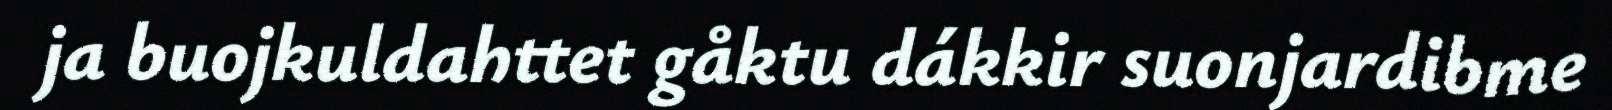
ja buojkuldahttet gåktu dákkir suonjardibme